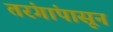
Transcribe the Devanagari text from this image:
तरंगांपासून